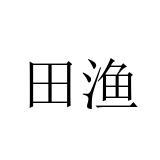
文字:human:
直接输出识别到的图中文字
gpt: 田渔